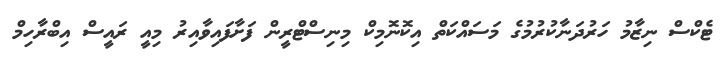
ޓެކްސް ނިޒާމު ހަރުދަނާކުރުމުގެ މަސައްކަތް އިކޮނޮމިކް މިނިސްޓްރީން ފަށާފައިވާއިރު މިއީ ރައީސް އިބްރާހިމް